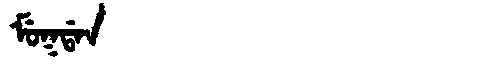
Manchu: ᠮᡠᡴᡩᠠᠨ
Romanization: MUKDAN